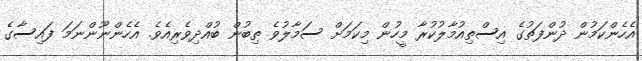
އެހެންކަމުން ދުންފަތުގެ އިސްތިއުމާލުކުރާ މީހުން މިކަމަށް ސަމާލުވެ ތިބުން ބުއްދިވެރިއެވެ. އެހެންނޫންނަމަ ފައިސާގެ